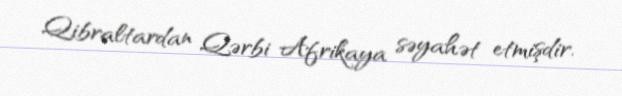
Qibraltardan Qərbi Afrikaya səyahət etmişdir.